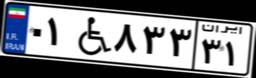
۴۱W۸۰۸۳۷